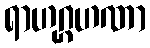
ရာဟုဂ္ဂဟဏာ